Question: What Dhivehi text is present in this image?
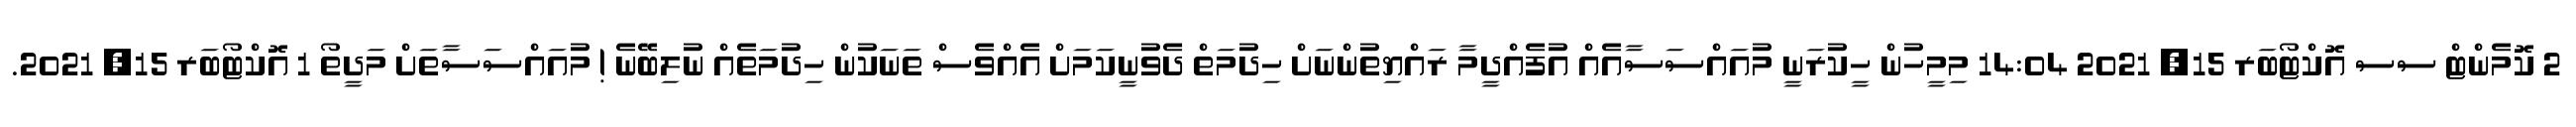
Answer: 2 ކޮމެންޓް ސސ އޮކްޓޯބަރ 15, 2021 14:04 މިމީހުން ހީކުރަނީ މުއައްސަސާއެއް އުފެއްދީމާ ރައްޔިތުންނަށް ހިދުމަތް ދެވުނީކަމަށް އެއްވެސް ތަނަކުން ހިދުމަތެއް ނުލިބޭނެ ! މުއައްސަސާތަށް މަދީތޯ 1 އޮކްޓޯބަރ 15, 2021.